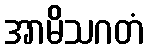
အာမိသဂတံ